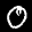
Label: 0